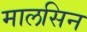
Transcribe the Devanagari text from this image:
मालसिन